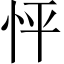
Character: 怦